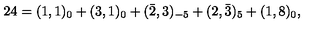
2 4 = ( 1 , 1 ) _ { 0 } + ( 3 , 1 ) _ { 0 } + ( \bar { 2 } , 3 ) _ { - 5 } + ( 2 , \bar { 3 } ) _ { 5 } + ( 1 , 8 ) _ { 0 } ,